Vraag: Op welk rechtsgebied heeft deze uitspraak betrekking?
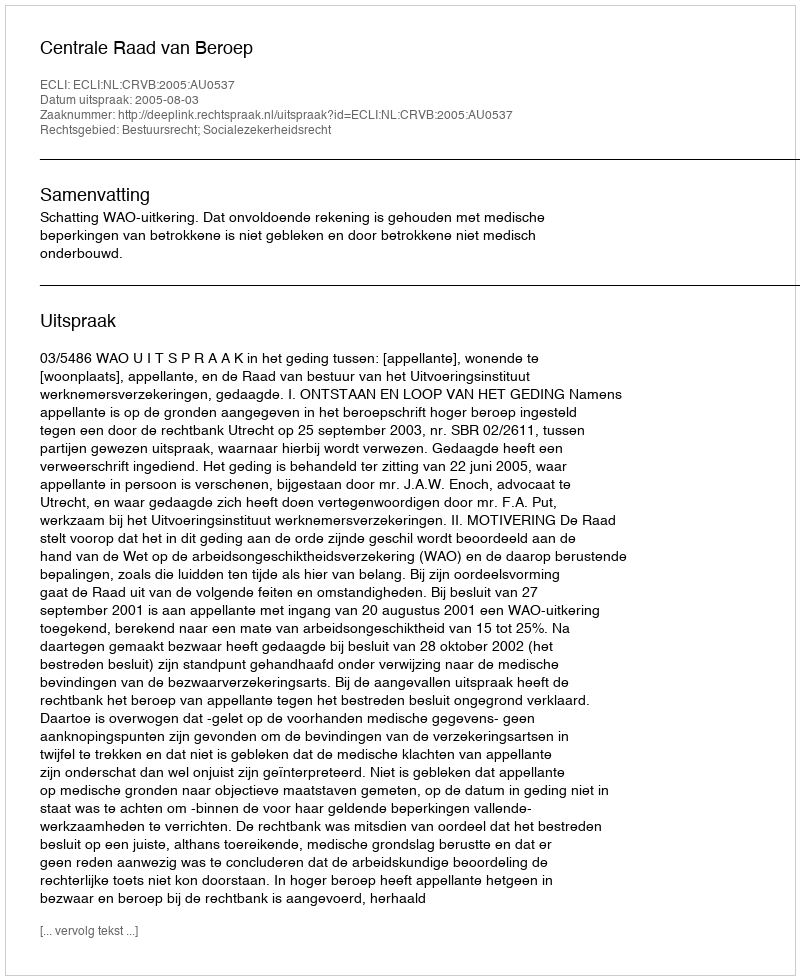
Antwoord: Bestuursrecht; Socialezekerheidsrecht